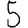
Digit: 5